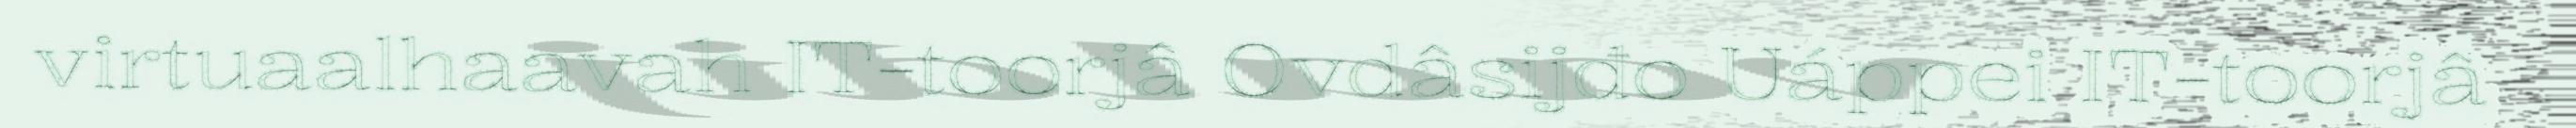
virtuaalhaavah IT-toorjâ Ovdâsijđo Uáppei IT-toorjâ